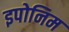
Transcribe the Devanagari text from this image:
इपोनिम